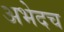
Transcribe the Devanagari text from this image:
अभेदच